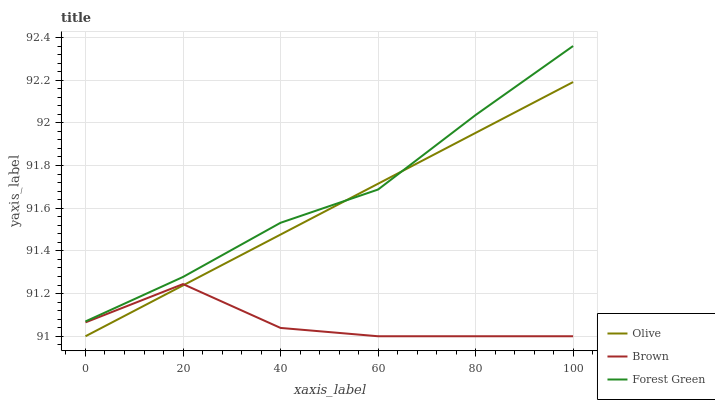
| xaxis_label | Olive | Brown | Forest Green |
 | --- | --- | --- | --- |
 | 0 | 91 | 91.1 | 91.1 |
 | 20 | 91.2 | 91.2 | 91.3 |
 | 40 | 91.5 | 91 | 91.5 |
 | 60 | 91.7 | 91 | 91.7 |
 | 80 | 92 | 91 | 92 |
 | 100 | 92.2 | 91 | 92.4 |